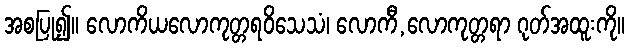
အစပြု၍။ လောကိယလောကုတ္တရဝိသေသံ၊ လောကီ,လောကုတ္တရာ ဂုတ်အထူးကို။